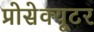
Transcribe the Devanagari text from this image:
प्रोसेक्यूटर